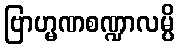
ဗြာဟ္မဏစဏ္ဍာလမ္ပိ